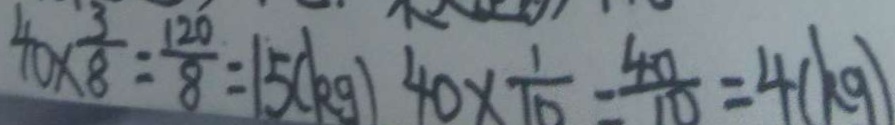
4 0 \times \frac { 3 } { 8 } = \frac { 1 2 0 } { 8 } = 1 5 ( k g ) 4 0 \times \frac { 1 } { 1 0 } = \frac { 4 0 } { 1 0 } = 4 ( k g )